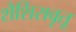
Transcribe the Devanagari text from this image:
शैशिरावृतू